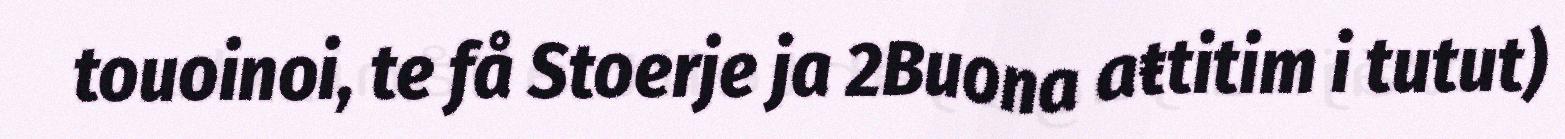
touoinoi, te få Stoerje ja 2Buona aŧtitim i tutut)